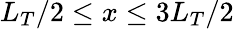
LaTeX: L_{T}/2\leq x\leq 3L_{T}/2